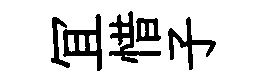
冝惜子